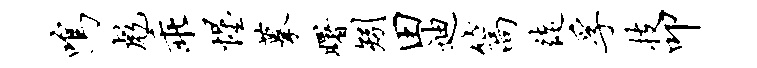
鸣彪乖惺摹曙矧田迪篙徒孚技叩